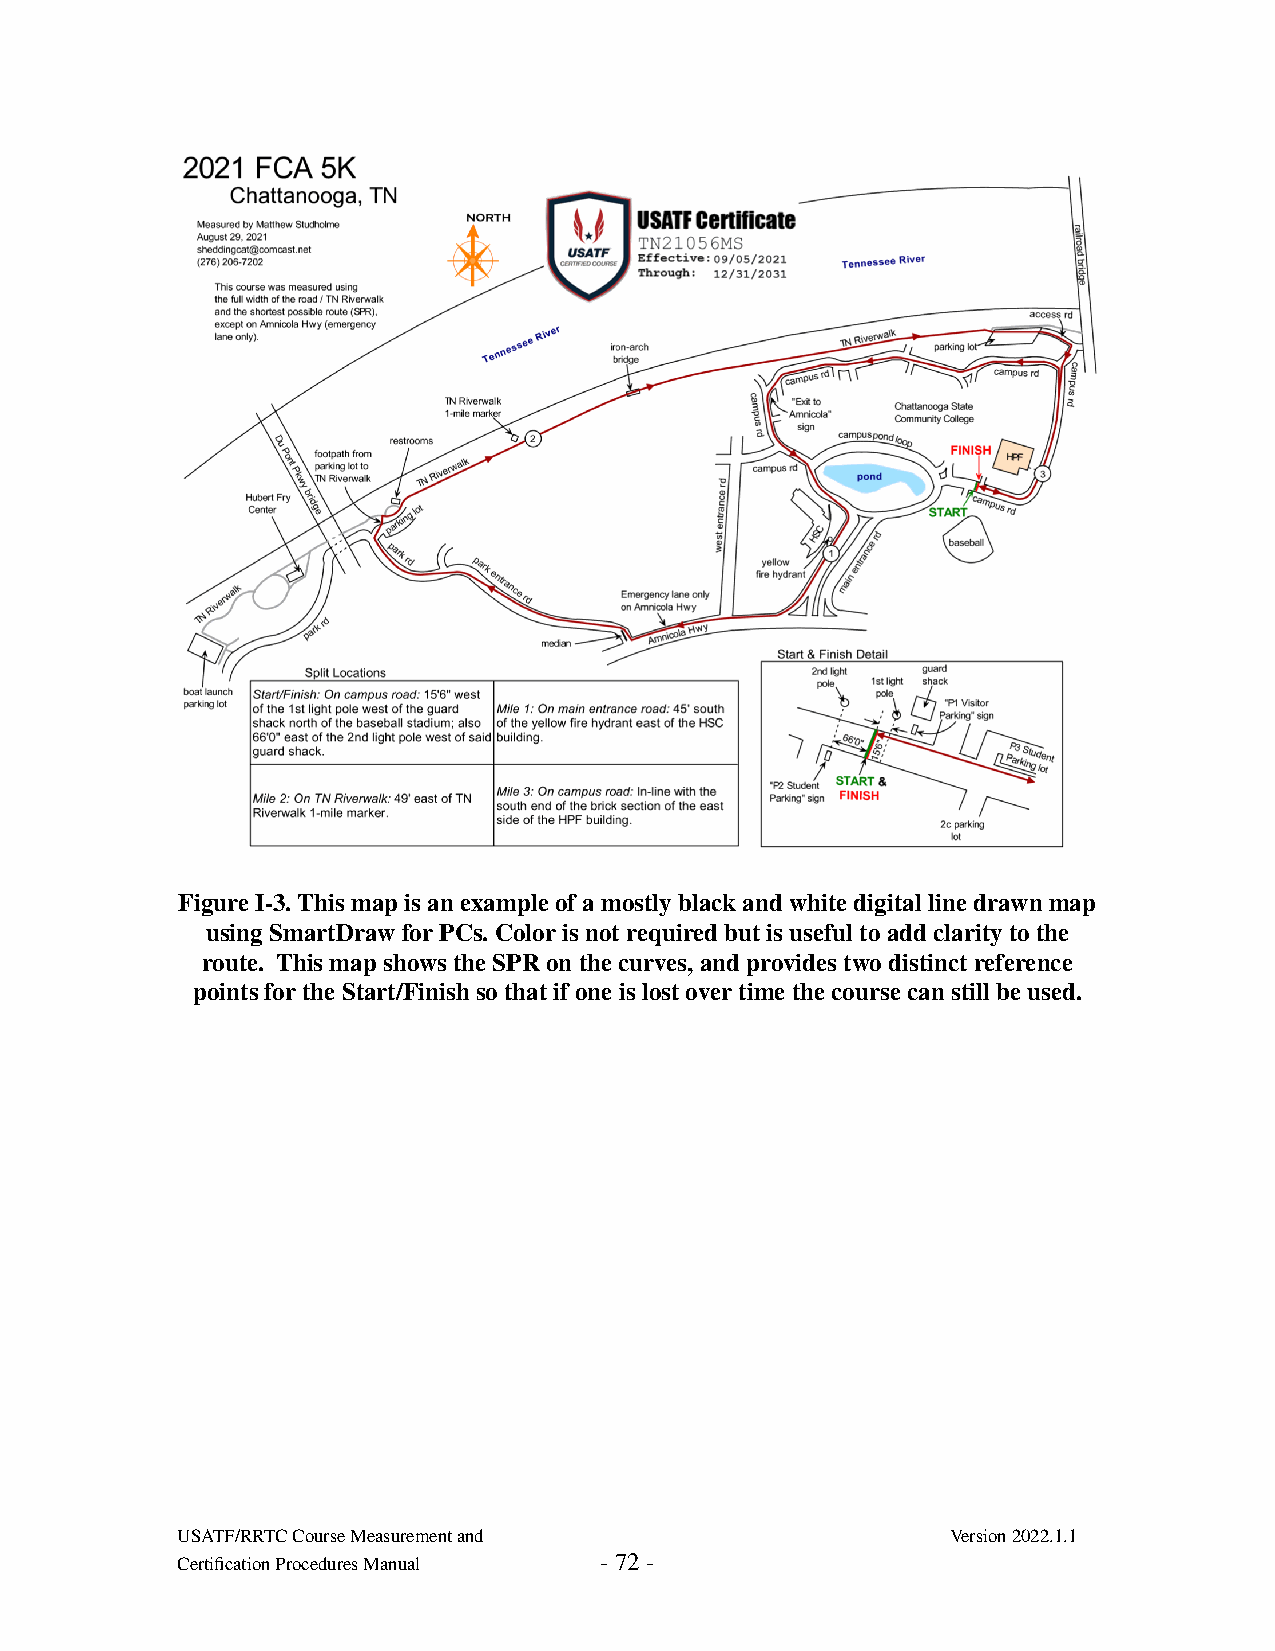
Figure I-3. This map is an example of a mostly black and white digital line drawn map
 using SmartDraw for PCs. Color is not required but is useful to add clarity to the
 route. This map shows the SPR on the curves, and provides two distinct reference
 points for the Start/Finish so that if one is lost over time the course can still be used.
 USATF/RRTC Course Measurement and                  Version 2022.1.1
 Certification Procedures Manual - 72 -